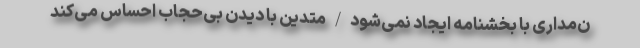
ن‌مداری با بخشنامه ایجاد نمی‌شود/متدین با دیدن بی‌حجاب احساس می‌کند